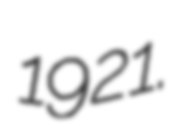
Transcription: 1921.